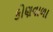
કોણવાળા